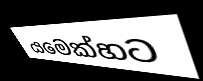
යමෙක්හට